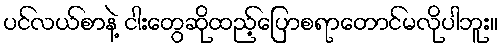
ပင်လယ်စာနဲ့ ငါးတွေဆိုထည့်ပြောစရာတောင်မလိုပါဘူး။